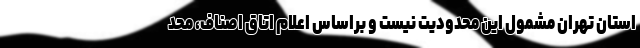
استان تهران مشمول این محدودیت نیست و براساس اعلام اتاق اصناف، محد